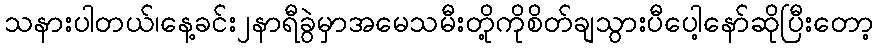
သနားပါတယ်၊နေ့ခင်း၂နာရီခွဲမှာအမေသမီးတို့ကိုစိတ်ချသွားပီပေါ့နော်ဆိုပြီးတော့